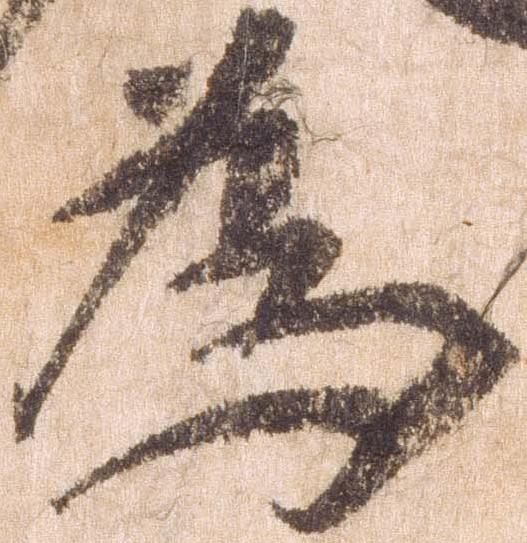
為